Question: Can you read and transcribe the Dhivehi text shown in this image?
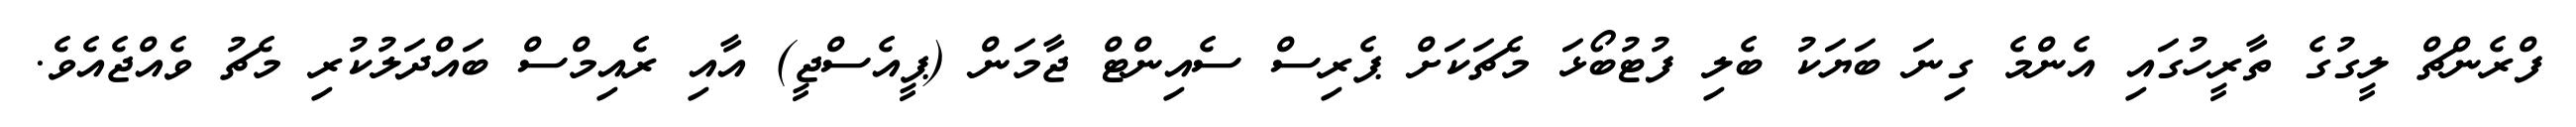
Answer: ފްރެންޗް ލީގުގެ ތާރީހުގައި އެންމެ ގިނަ ބަޔަކު ބެލި ފުޓުބޯޅަ މެޗަކަށް ޕެރިސް ސެއިންޓް ޖާމަން (ޕީއެސްޖީ) އާއި ރެއިމްސް ބައްދަލުކުރި މެޗު ވެއްޖެއެވެ.